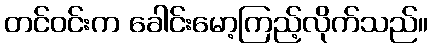
တင်ဝင်းက ခေါင်းမော့ကြည့်လိုက်သည်။